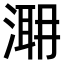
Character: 𣹼